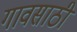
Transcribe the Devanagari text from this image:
गावसाठी